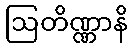
ဩတိဏ္ဏာနိ